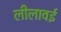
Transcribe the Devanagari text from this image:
लीलावई